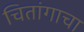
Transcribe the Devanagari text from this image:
चितांगाचा